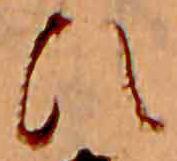
ひ